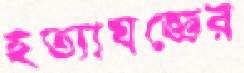
হত্যাযজ্ঞের